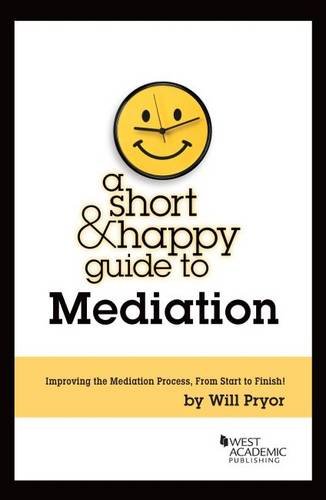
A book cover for A Short and Happy Guide to Mediation (Short and Happy Series); Will Pryor; Law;